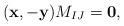
LaTeX: \begin{align*} (\mathbf{x},-\mathbf{y})M_{IJ}={\bf 0}, \end{align*}